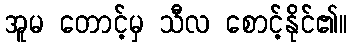
အူမ တောင့်မှ သီလ စောင့်နိုင်၏။